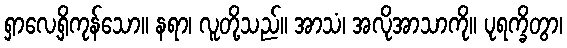
ရှာလေ့ရှိကုန်သော။ နရာ၊ လူတို့သည်။ အာသံ၊ အလိုအာသာကို။ ပုရက္ခိတွာ၊